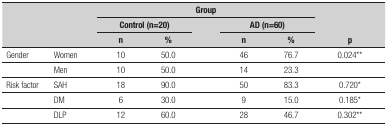
| <ROWSPAN=3-COLSPAN=2>  | <COLSPAN=5> Group | <ROWSPAN=3> p |
 | <COLSPAN=2> Control (n=20) |  | <COLSPAN=2> AD (n=60) |
 | n | % |  | n | % |
 | --- | --- | --- | --- | --- | --- | --- | --- |
 | Gender | Women | 10 | 50.0 |  | 46 | 76.7 | 0.024** |
 |  | Men | 10 | 50.0 |  | 14 | 23.3 |  |
 | Risk factor | SAH | 18 | 90.0 |  | 50 | 83.3 | 0.720* |
 |  | DM | 6 | 30.0 |  | 9 | 15.0 | 0.185* |
 |  | DLP | 12 | 60.0 |  | 28 | 46.7 | 0.302** |